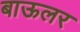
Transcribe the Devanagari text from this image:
बाऊलर